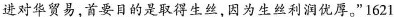
进对华贸易，首要目的是取得生丝，因为生丝利润优厚。”1621